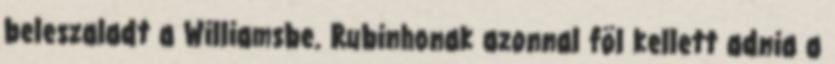
beleszaladt a Williamsbe. Rubinhonak azonnal föl kellett adnia a